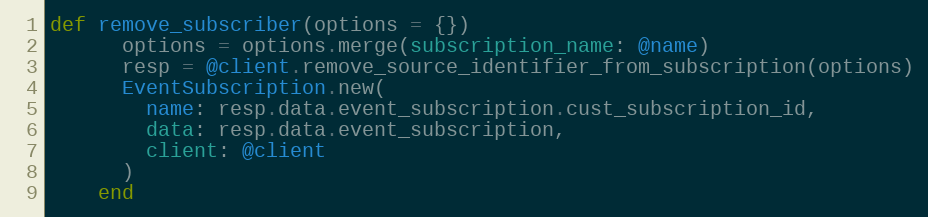
Language: Ruby
def remove_subscriber(options = {})
      options = options.merge(subscription_name: @name)
      resp = @client.remove_source_identifier_from_subscription(options)
      EventSubscription.new(
        name: resp.data.event_subscription.cust_subscription_id,
        data: resp.data.event_subscription,
        client: @client
      )
    end